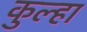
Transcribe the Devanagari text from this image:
कुल्हा